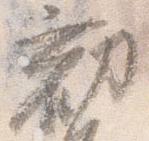
勧